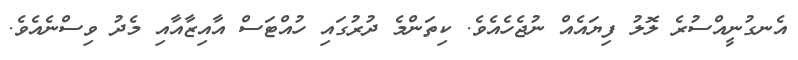
އެނގުނީއްސުރެ ލޮލު ފިޔައެއް ނުޖެހެއެވެ. ކިތަންމެ ދުރުގައި ހުއްޓަސް އާއިޒާއާއި މެދު ވިސްނެއެވެ.